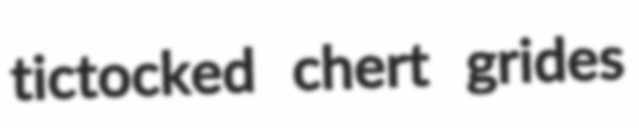
tictocked chert grides